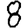
Digit: 8